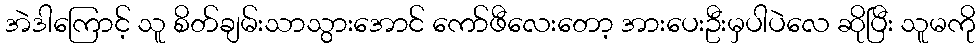
အဲဒါကြောင့် သူ စိတ်ချမ်းသာသွားအောင် ကော်ဖီလေးတော့ အားပေးဦးမှပါပဲလေ ဆိုပြီး သူမကို